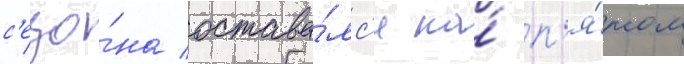
с'езо́на остава́лс'я на́ п'я́том